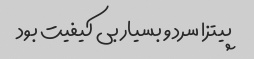
پیتزا سرد و بسیار بی کیفیت بود